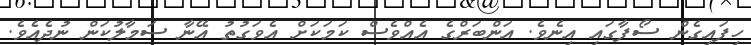
ހިފައިގެން ސޯފާގައި އިނެވެ. އަންބަރްގެ އެއްވެސް ކަމަކަށް އެވަގުތު އޭނާ ސަމާލުކަން ނުދެއެވެ.